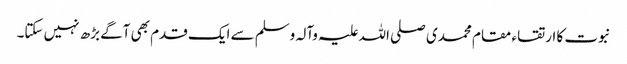
نبوت کا ارتقاء مقام محمدی صلی اللہ علیہ وآلہ وسلم سے ایک قدم بھی آگے بڑھ نہیں سکتا۔